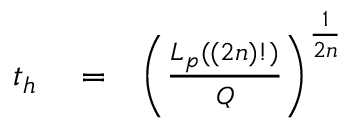
\begin{array} { r l r } { t _ { h } } & { { } = } & { \left( \frac { L _ { p } ( ( 2 n ) ! ) } { Q } \right) ^ { \frac { 1 } { 2 n } } } \end{array}